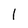
Character: 1